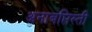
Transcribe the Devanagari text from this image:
अनाबप्तिस्ती